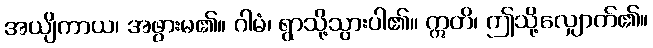
အယျိကာယ၊ အဖွားမ၏။ ဂါမံ၊ ရွာသို့သွားပါ၏။ ဣတိ၊ ဤသို့လျှောက်၏။